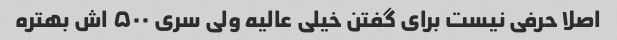
اصلا حرفی نیست برای گفتن خیلی عالیه ولی سری ۵۰۰ اش بهتره